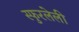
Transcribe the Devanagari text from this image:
स्फुरलेली